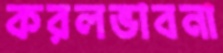
করলভাবনা